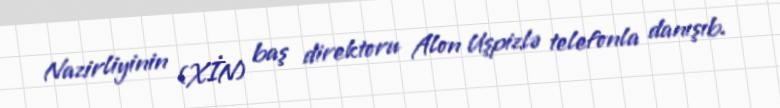
Nazirliyinin (XİN) baş direktoru Alon Uşpizlə telefonla danışıb.